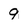
Character: 9